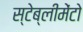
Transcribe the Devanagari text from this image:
स्टेब्लीमेंटो